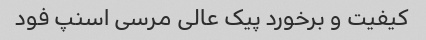
کیفیت و برخورد پیک عالی مرسی اسنپ فود